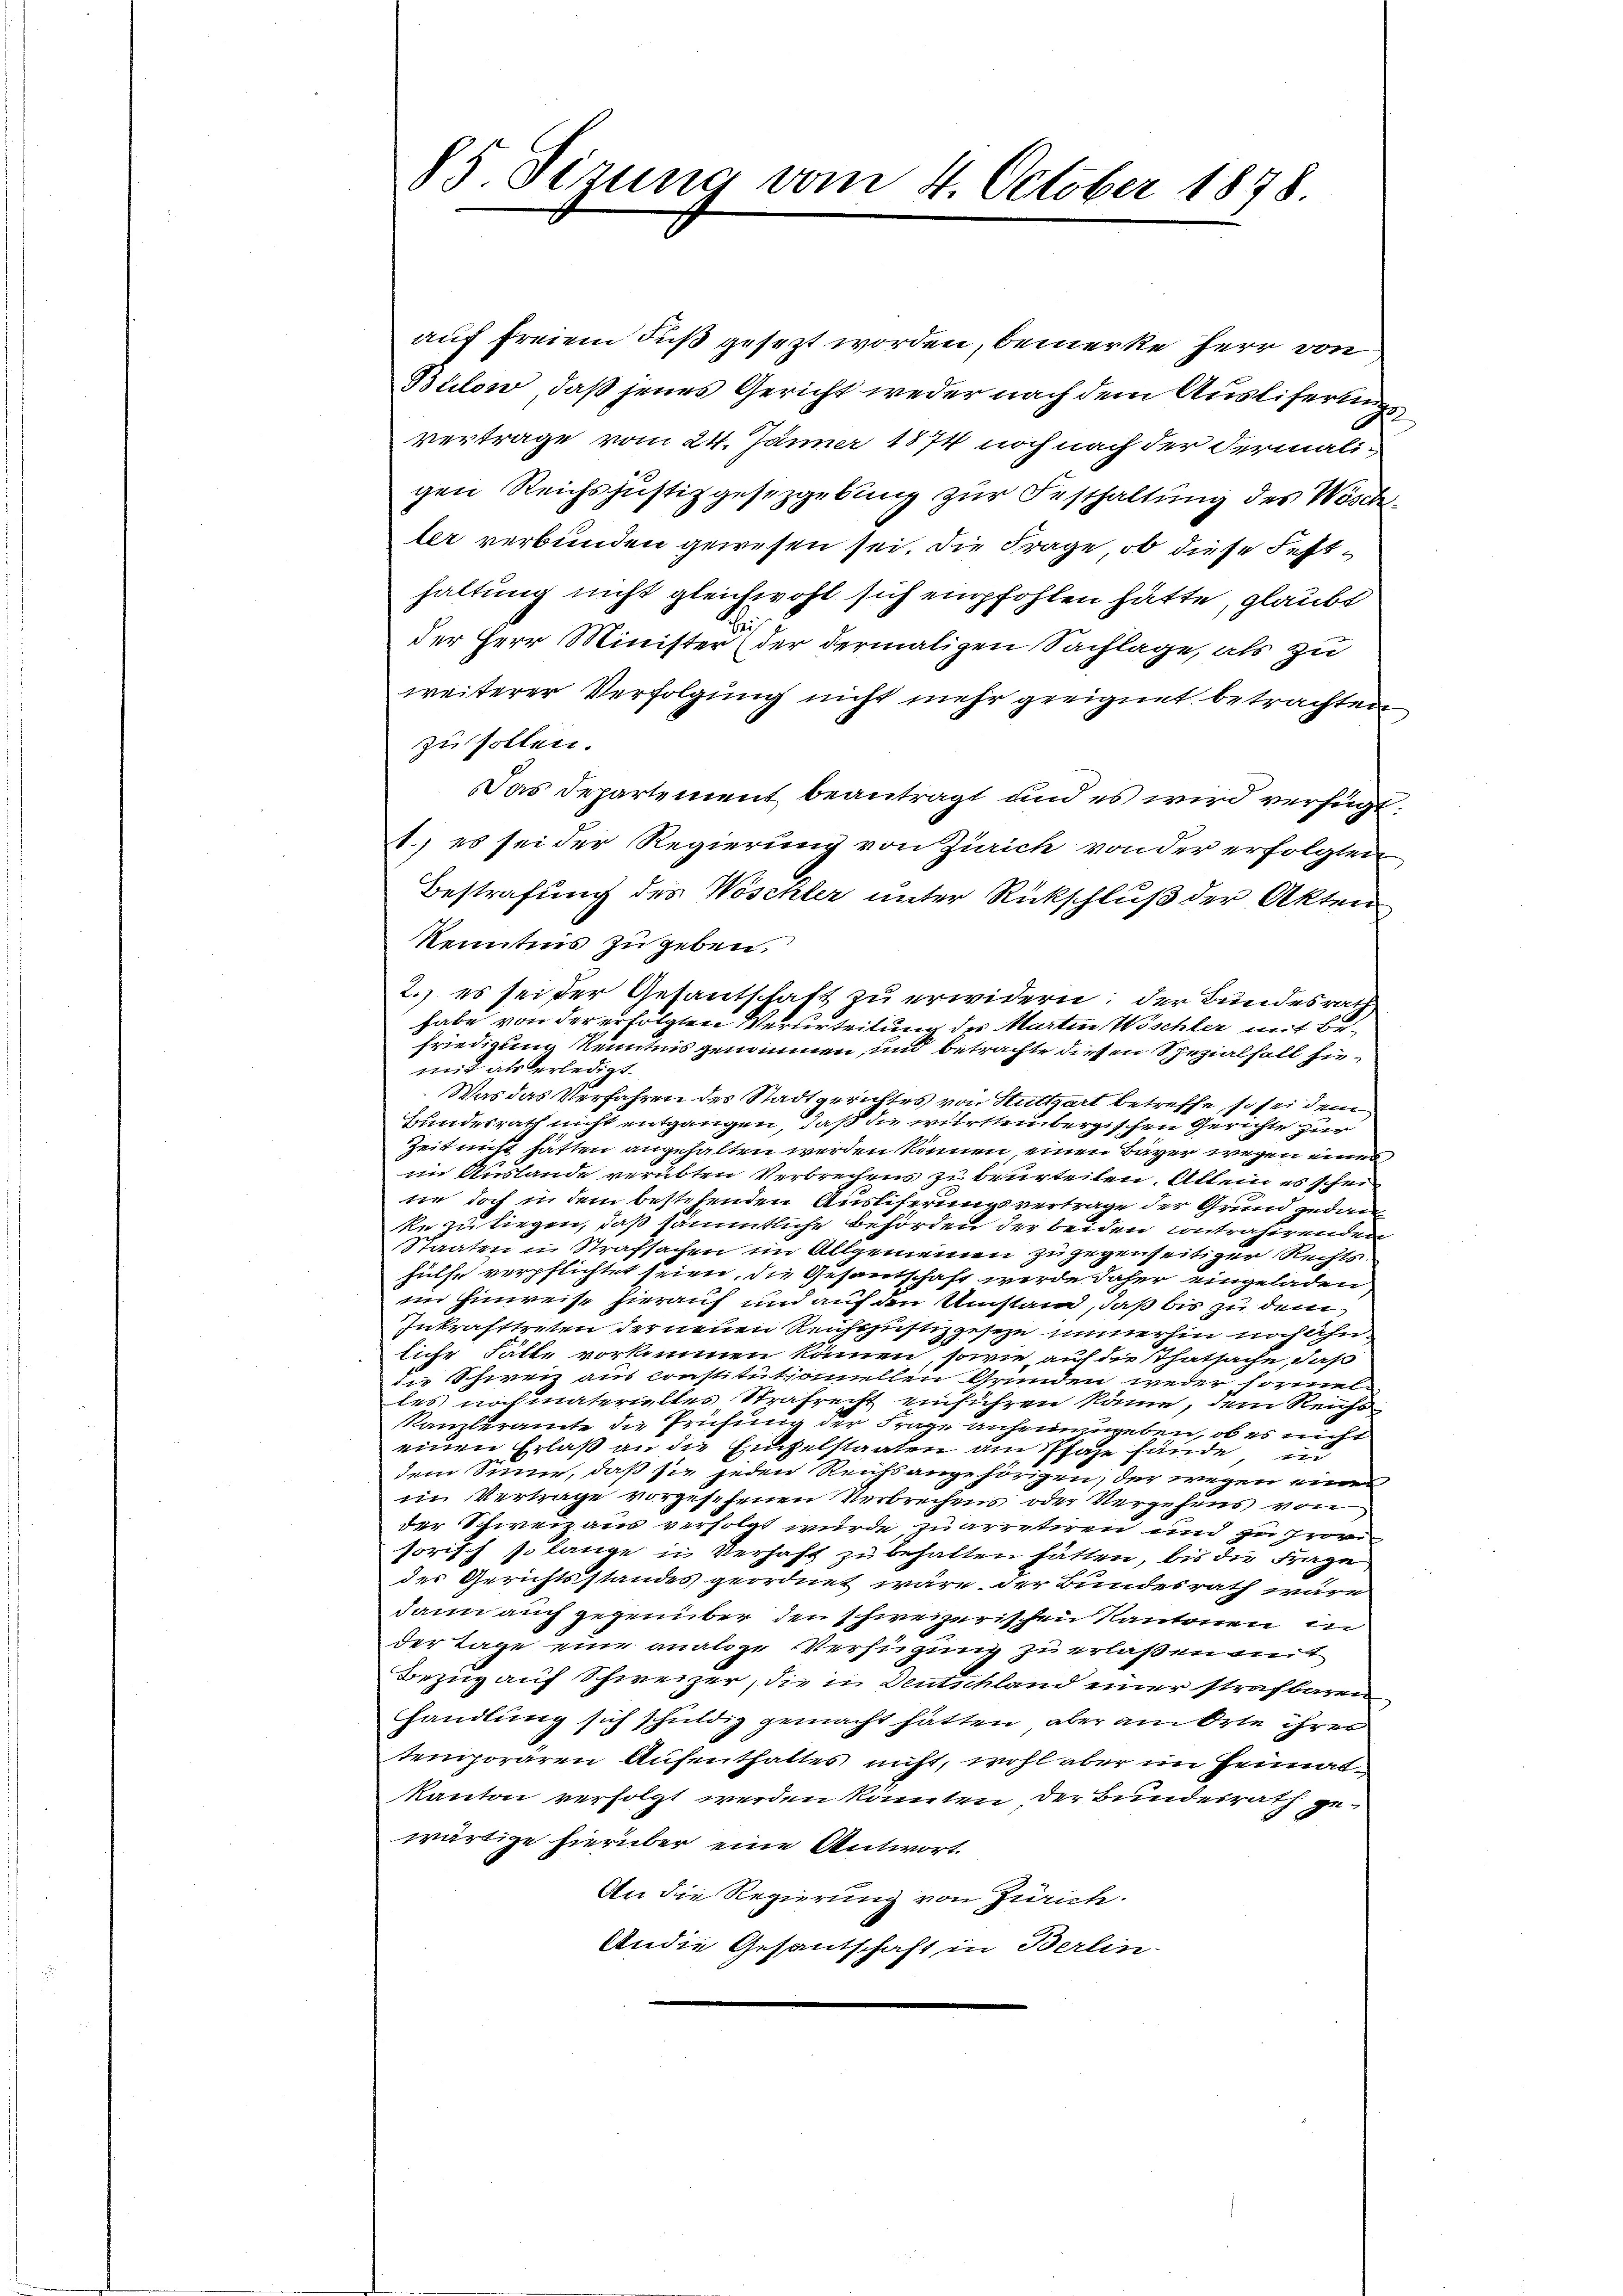
83 Sizung vom 4. October 1878

auf freiem Fuß gesezt worden, bemerke Herr von
Bülow, daß jenes Gericht weder nach dem Ausliferungsvertrage vom 24. Jänner 1874 noch nach der Fermaligen Reichs justizgesezgebung zur Festhaltung des Wöschler verbunden gewesen sei. Die Frage, ob diese Festhaltung nicht gleichwohl sich empfohlen hätte, glaubt
der Herr Minister, der dermaligen Sachlage, als zu
weiterer Verfolgung nicht mehr geeignet betrachten
zu sollen.
Das Departement beantragt und es wird verfügt:
1.) es sei der Regierung von Zürich von der erfolgten,
Bestrafung des Wöschler unter Rückschluß der Akten
Kenntnis zu geben.
2.) es sei der Gesantschaft zu erwidern: der Bundesrath
habe von der erfolgten Verurteilung des Martin Wöschler mit Befriedigung Kenntnis genommen, und betrachte diesen Spezialfall fümit als erledigt.
Was das Verfahren des Stadtgerichtes von Stuttgart betreffe, so sei dem
Bundesrath nicht entgangen, daß die württembergischen Gerichte zur
Zeit nicht hätten angehalten werden können einen Bayer wegen eines
im Auslande verübten Verbrechens zu beurteilen. Allein es schei
sie doch in dem bestehenden Auslieferungsvertrage der Grund gedan
ke zu liegen, daß sämmtliche Behörden der beiden Contrahirenden
Staaten in Strafsachen im Allgemeinen zu gegenseitiger Rechts
hülfe verpflichtet seien, die Gesandschaft werde daher eingeladen
im Hinweise hierauf und auf den Umstand, daß bis zu dem
Inkrafttreten der neuen Reichsjustizgeseze immerhin noch ahn
liche Fälle vorkommen können, sowie auf die Thatsache, daß
die Schweiz aus constitut somillen Grunden weder sormel
les nochmaterielles Strafrecht einführen käme, dem Reichs
Kanzleramte die Prüfung der Frage anheiningeben, ob es nicht
einen Erlaß an die Einzelstaaten am Pfare fände in
dem Sinne, daß sie jeden Reichsangehörigen, der wegen eines
im Vertrage vorgesehenen Verbrechens oder Vergehens von
der Schweizaus verfolgt wurde quarretiren und zu Pror
sorisch so lange in Verhaft zu behalten hätten, bis die Frage
des Gerichtsstandes geordnet wäre der Bundesrath wäre
dann auch gegenüber den schweizerischen Kantonen in
der Tage eine analoge Verfügung zu erlaßen mit
Bezug auf Schweizer, die in Deutschland einer strafbaren,
handlung sich schuldig gemacht hätten, aber am Orte ihres
temporären Aufenthaltes nicht, wohl aber im Heimatkanton verfolgt werden könnten der Bundesrath gewärtige hierüber eine Antwort.
An die Regierung von Zürich.
Andie Gesantschaft in Berlin-